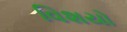
વિશયો